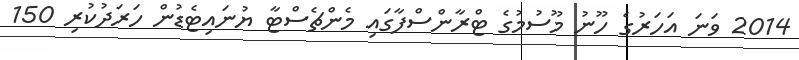
2014 ވަނަ އަހަރުގެ ހޫނު މޫސުމުގެ ޓްރާންސްފާގައި މެންޗެސްޓާ ޔުނައިޓެޑުން ހަރަދުކުރި 150